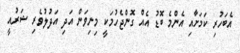
އެބަހުރި ކަމަށާއި އެންމެ ބޮޑު އެއް ގޮންޖެހުމަކީ މިނިވަން އަދި އަދުލުވެރި ޝަރުއީ